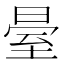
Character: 𱼫